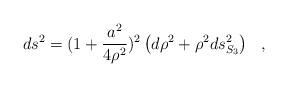
LaTeX: \begin{align*}ds^2=(1+{a^2\over 4\rho^2})^2\left(d\rho^2+\rho^2ds^2_{S_3}\right)~~,\end{align*}